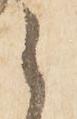
之